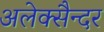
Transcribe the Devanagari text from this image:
अलेक्सैन्दर